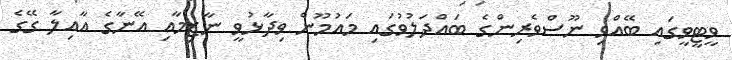
ވީޓީވީގައި ބޭއްވި ނޫސްވެރިންގެ ބައްދަލުވުގައި މައުމޫން ވިދާޅުވީ ނާޒިމާއި އޭނާގެ އާއިލާ ގޭގެ